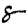
Digit: 8